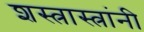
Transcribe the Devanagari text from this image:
शस्त्रास्त्रांनी